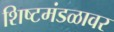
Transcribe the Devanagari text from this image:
शिष्टमंडळावर